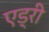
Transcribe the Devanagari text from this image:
एड्री